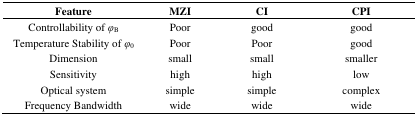
<table><thead><tr><td><b>Feature</b></td><td><b>MZI</b></td><td><b>CI</b></td><td><b>CPI</b></td></tr></thead><tbody><tr><td>Controllability of <i>φ</i><sub>B</sub></td><td>Poor</td><td>good</td><td>good</td></tr><tr><td>Temperature Stability of <i>φ</i><sub>0</sub></td><td>Poor</td><td>Poor</td><td>good</td></tr><tr><td>Dimension</td><td>small</td><td>small</td><td>smaller</td></tr><tr><td>Sensitivity</td><td>high</td><td>high</td><td>low</td></tr><tr><td>Optical system</td><td>simple</td><td>simple</td><td>complex</td></tr><tr><td>Frequency Bandwidth</td><td>wide</td><td>wide</td><td>wide</td></tr></tbody></table>